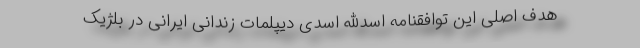
هدف اصلی این توافقنامه اسدالله اسدی دیپلمات زندانی ایرانی در بلژیک